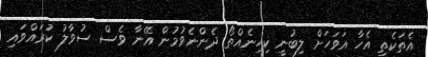
އެތަކެތި އެހާ އަވަހަށް ލިބުނީ ކިހިނެއްތޯ ދެންނެވުމުން އޭނާ ވެސް ސުވާލު ކުރައްވައި